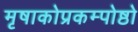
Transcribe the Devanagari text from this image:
मृषाकोप्रकम्पोष्ठो